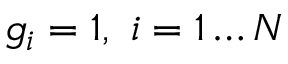
g _ { i } = 1 , \ i = 1 \dots N